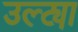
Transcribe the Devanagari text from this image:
उल्ट्या